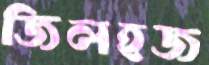
জিলহজ